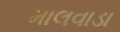
માલવાડા